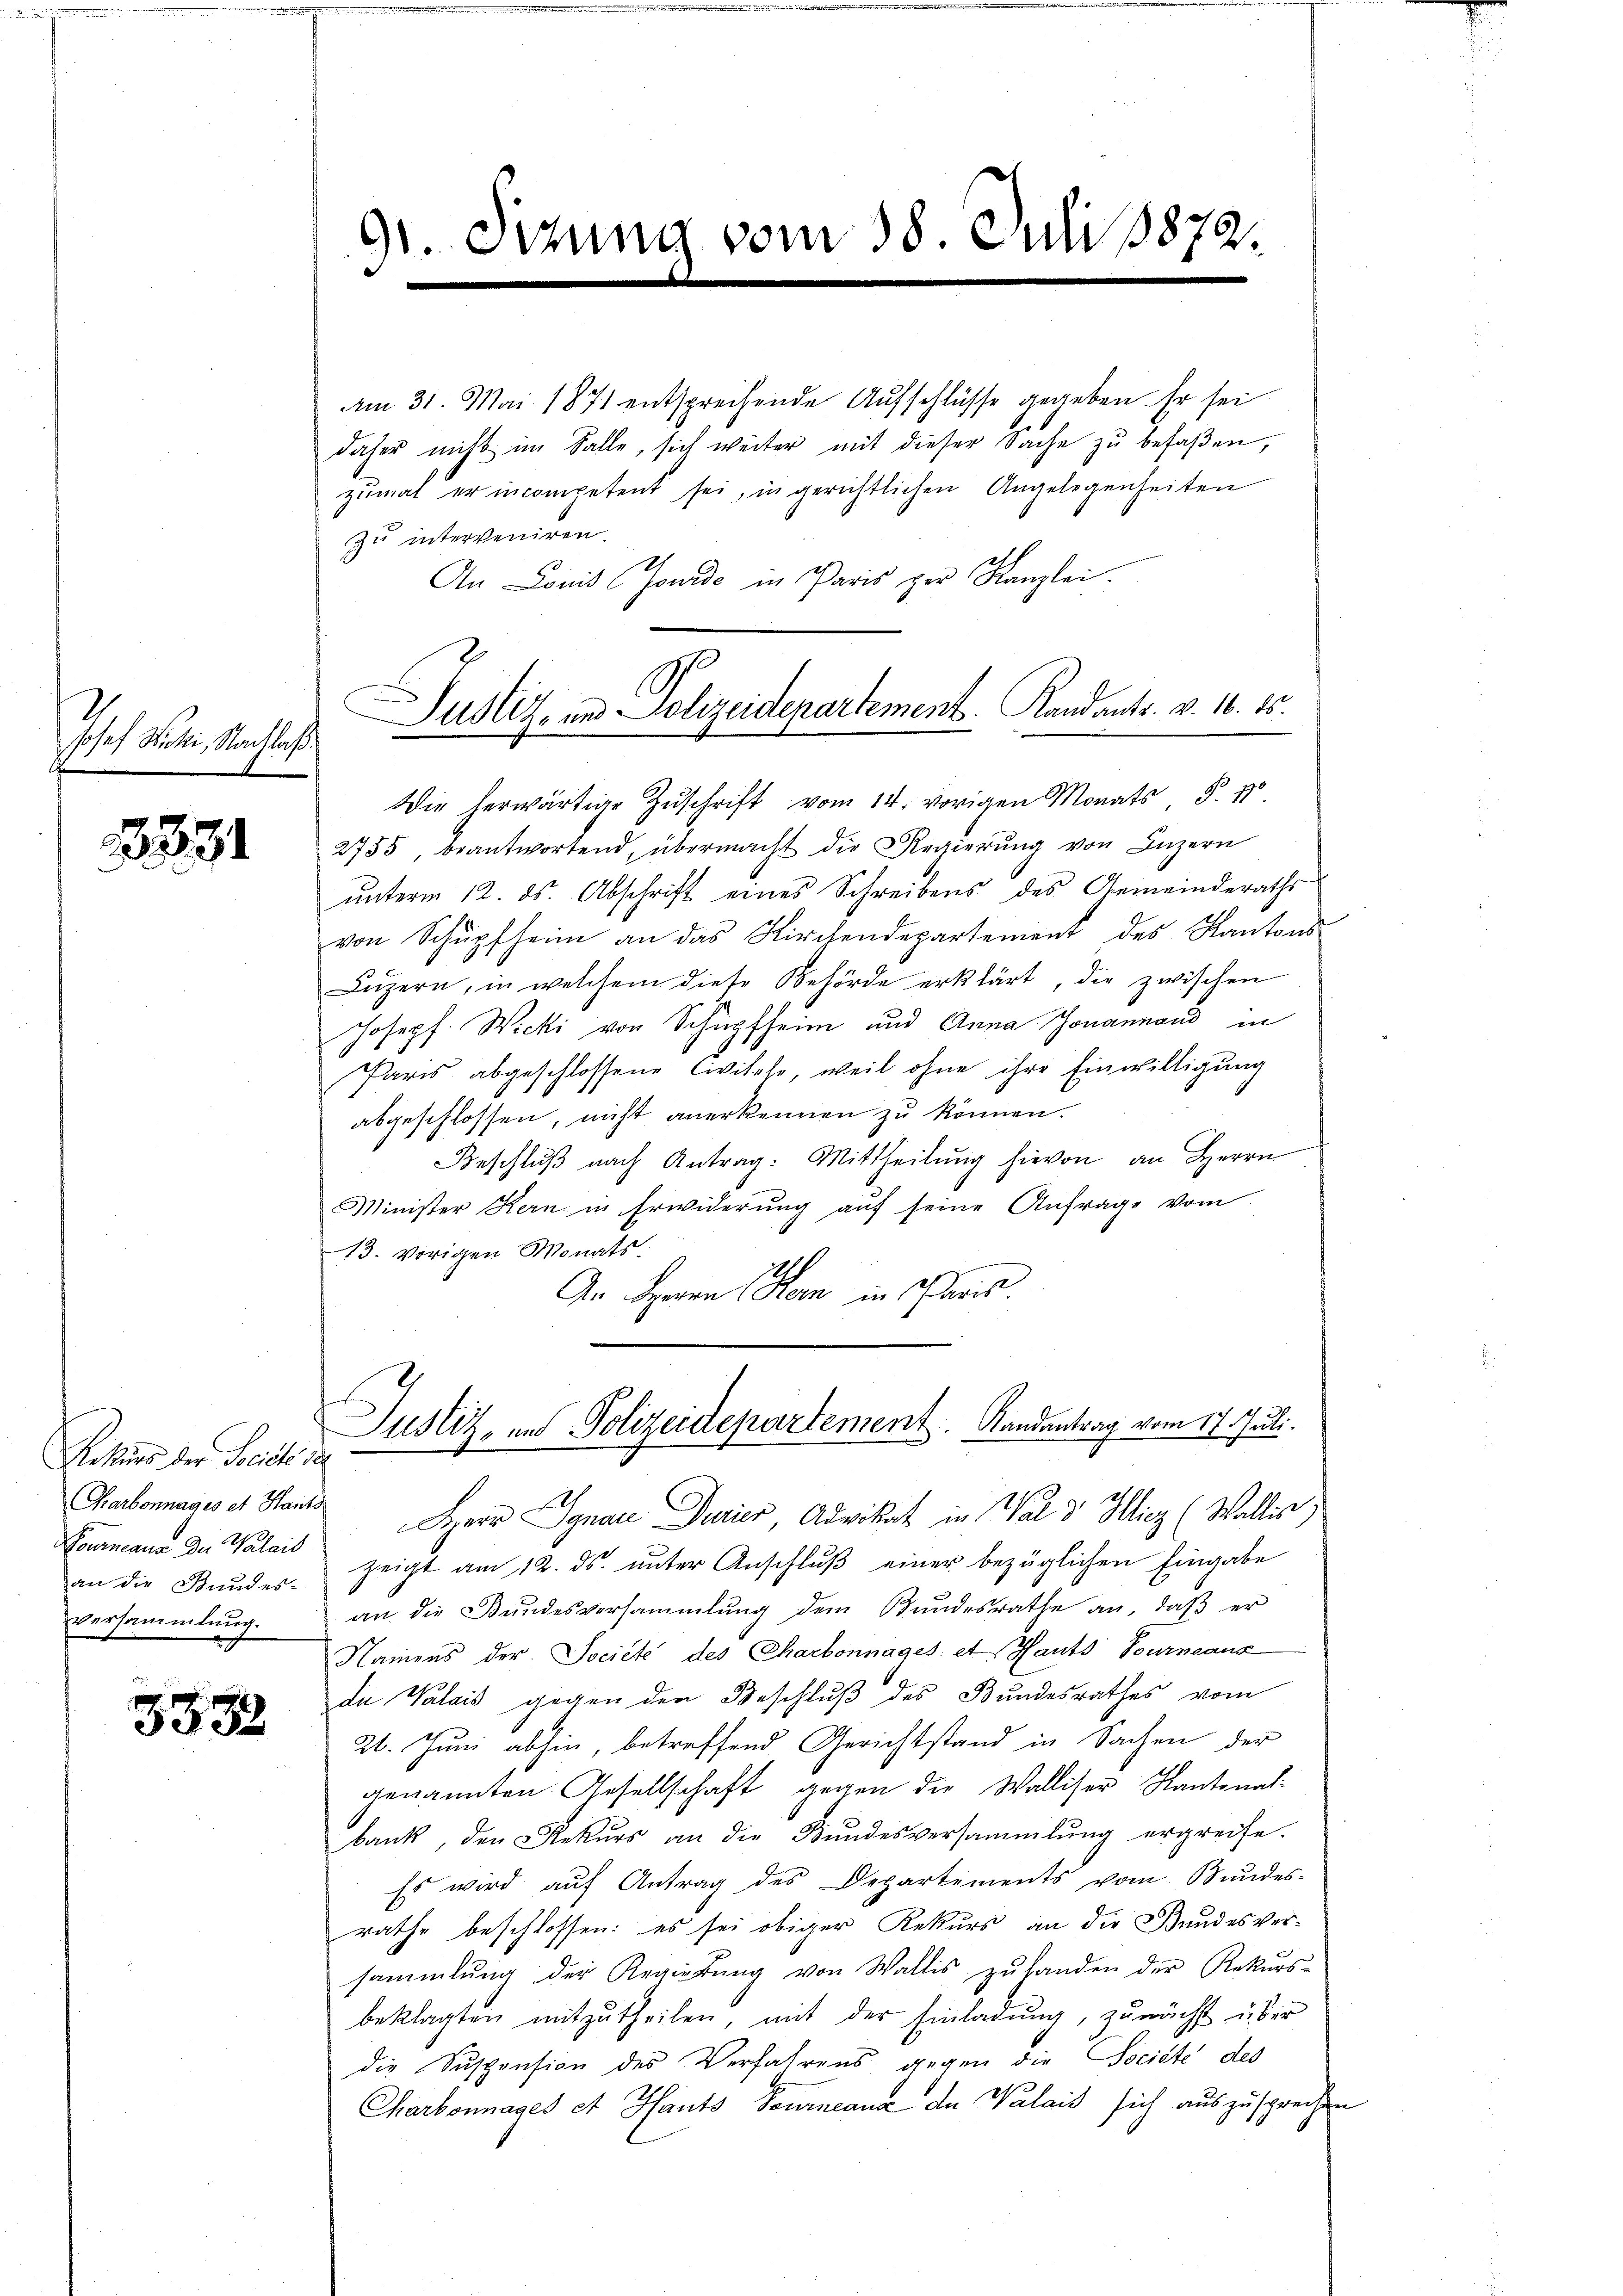
Josef Sicki, Nachlaß.

1331

3332

Rekurs der Sociale de
Carbonnages et Hants
Pournaus der Walais
an die Bundes-
Versammlung.

91 Sizung vom 18. Juli 1872

Am 31. Mai 1871 entsprechende Aufschlüsse gegeben. Er sei
daher nicht im Falle, sich weiter mit dieser Sache zu befaßen,
zu interveniren.
An Louis Jourde in Paris per Kanzlei.
Die herwärtige Zŭschrift vom 14. vorigen Monats §. 10
2755 beantwortend, übermacht die Regierŭng von Luzern
unterm 12. ds. Abschrift eines Schreibens des Gemeinderaths
von Schüpfheim an das Kirchendepartement des Kantons
Lŭzern, in welchem diese Behörde erklärt, die zwischen
Joseph. Wicki von Schüpfheim und Anna Jovannand in
Paris abgeschlossene Civiteho, weil ohne ihre Einwilligung
abgeschlossen, nicht anerkennen zu können.
Beschlŭβ nach Antrag: Mittheilŭng hievon an Herrn
Minister Kern in Erwiderŭng aŭf seine Anfrage vom
13. vorigen Monats.
1
An Sperren Kern in Paris.
Justiz- und Polizeidepartement. Randantrag vom 17. Juli.
Herr Synau Dreier, Advikart in Wald Hinz (Wallis)
zeigt am 12. ds. unter Anschluß einer bezüglichen Eingabe
an die Bŭndesversammlung dem Bŭndesrathe an, daβ er
Namens der Societe des Charbonnages et Hants, Tourneans
du Valais gegen den Beschluß des Bundesrathes vom
21. Juni abhin, betreffend Gerichtstand in Sachen der
genannten Gesellschaft gegen die Walliser Kantonal-
bank, den Rekŭrs an die Bŭndesversammlung ergreife.
Es wird auf Antrag des Departements vom Bundes-
rathe beschlossen: es sei obiger Rekurs an die Bundesver-
sammlung der Regierŭng von Wallis zŭ handen der Rekurs-
beklagten mitzŭtheilen, mit der Einladung, zunächst über
die Suspension des Verfahrens gegen die Societe des
Charbonnages et Hants Journeana der Walais sich auszusprechen

zumal er incompetent sei, in gerichtlichen Angelegenheiten

Justiz- und Polizeidepartement. Kandants. v. 16. 25.